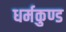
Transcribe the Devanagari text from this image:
धर्मकुण्ड